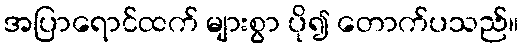
အပြာရောင်ထက် များစွာ ပို၍ တောက်ပသည်။